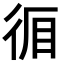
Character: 𭛪